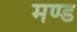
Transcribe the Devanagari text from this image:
मण्ड